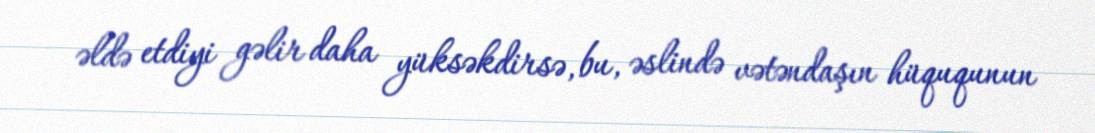
əldə etdiyi gəlir daha yüksəkdirsə, bu, əslində vətəndaşın hüququnun